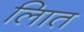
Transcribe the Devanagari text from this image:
लिात